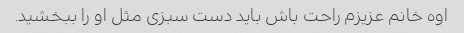
اوه خانم عزیزم راحت باش باید دست سبزی مثل او را ببخشید.